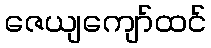
ဇေယျကျော်ထင်